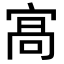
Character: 𭓸